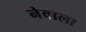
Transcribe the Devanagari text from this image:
नेवाला